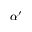
\alpha ^ { \prime }